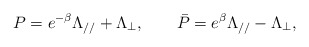
\begin{align*} P=e^{-\beta }\Lambda _{//} + \Lambda _{\bot }, \qquad \bar{P}=e^\beta \Lambda _{//} - \Lambda _{\bot },\end{align*}